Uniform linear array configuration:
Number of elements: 32
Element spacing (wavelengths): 0.75
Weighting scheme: exponential
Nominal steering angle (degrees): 30
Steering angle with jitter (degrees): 30.538
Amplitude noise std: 0.05
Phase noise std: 0.05

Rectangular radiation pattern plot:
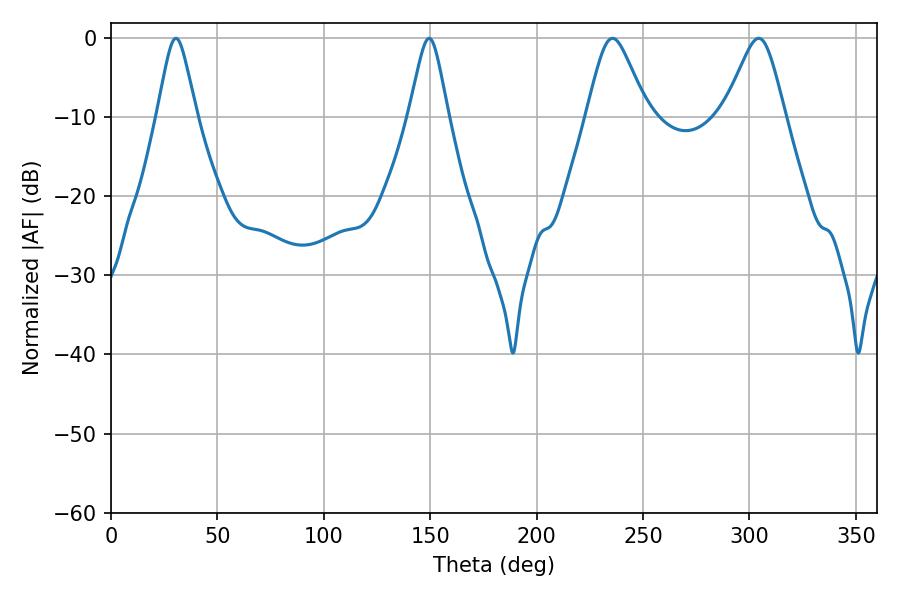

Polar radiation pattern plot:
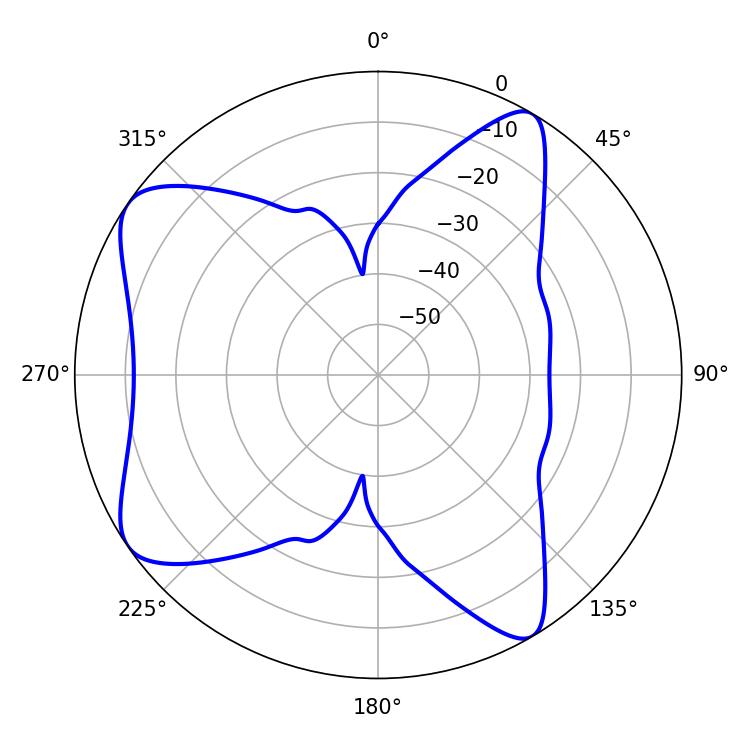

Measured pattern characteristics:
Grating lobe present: TRUE
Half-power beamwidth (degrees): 13.86
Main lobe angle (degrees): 235.62